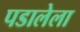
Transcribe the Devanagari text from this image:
पडालेला